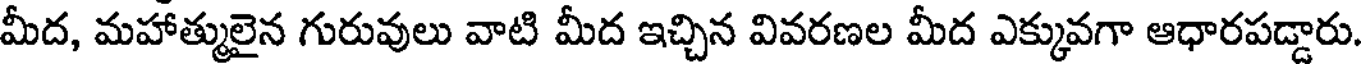
మీద, మహాత్ములైన గురువులు వాటి మీద ఇచ్చిన వివరణల మీద ఎక్కువగా ఆధారపడ్డారు.